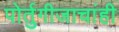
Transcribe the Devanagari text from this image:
पोर्तुगीजाचांही